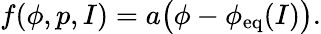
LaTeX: f(\phi,p,I)=a\big(\phi-\phi_{\mathrm{eq}}(I)\big).